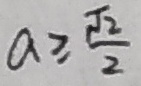
a \geq \frac { \sqrt { 2 } } { 2 }